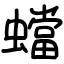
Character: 蟷